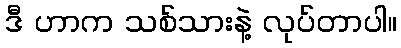
ဒီ ဟာက သစ်သားနဲ့ လုပ်တာပါ။